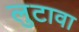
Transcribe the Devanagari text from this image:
लुटावा